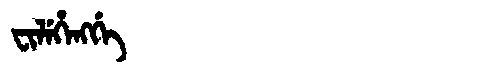
Manchu: ᠸᡳᠯᡝᡥᡝᠩᡤᡝ
Romanization: FILEHENGGE